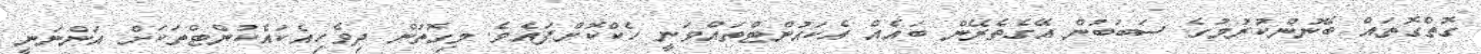
ގޮތްގޮތައް ބޭނުންކުރުމުގެ ސަބަބުން އޭގެތެރޭން ބައެއް އެކައުންޓްތައްވަނީ ހެކްކޮށްފައެވެ. މިގޮތުން ދިވެހިއެކައެކުންޓްތަކަށް އަންނަނީ